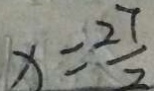
x = \frac { 2 7 } { 2 }